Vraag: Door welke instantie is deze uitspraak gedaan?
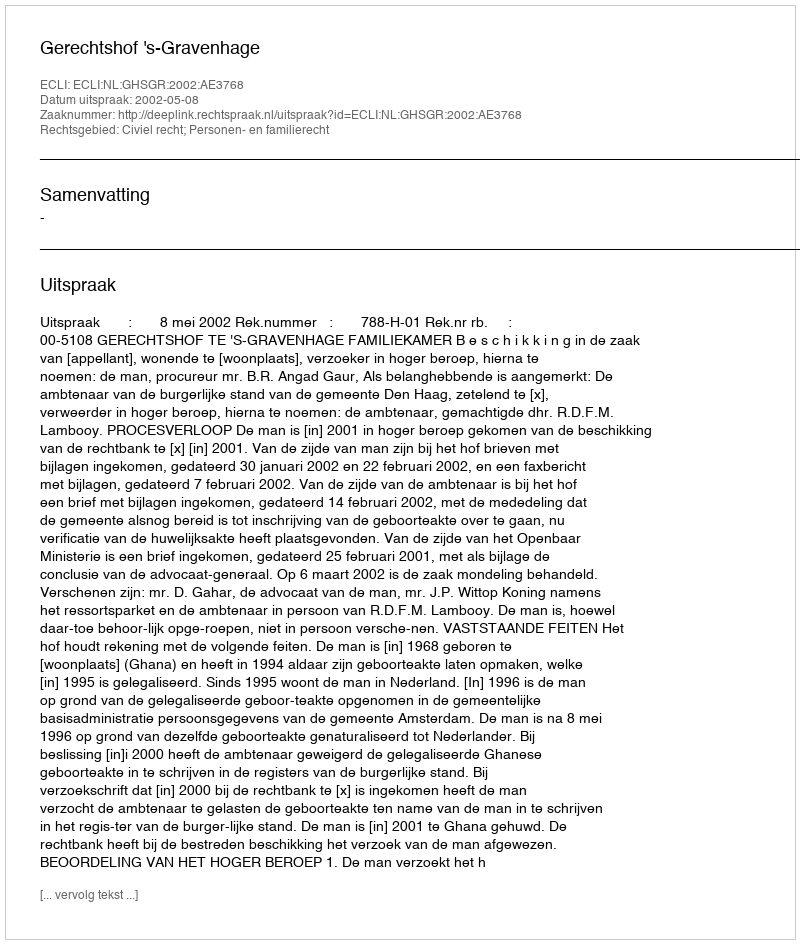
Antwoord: Gerechtshof 's-Gravenhage